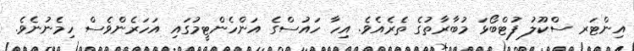
އިންޓަރ ސްކޫލު ފުޓްބޯޅަ މުބާރާތުގެ ތެރެއެވެ. އިހާ ހައުސްގެ އަންހެންޓީމުގައި އަހަރެންވެސް ހިމެނުނެވެ.